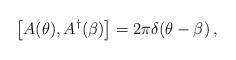
LaTeX: \begin{align*}\left[A(\theta),A^{\dagger}(\beta)\right]=2\pi\delta(\theta-\beta)\, ,\end{align*}